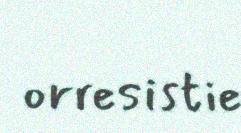
orresistie